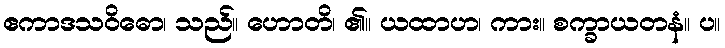
ဧကာဒသဝိဓော၊ သည်။ ဟောတိ၊ ၏။ ယထာဟ၊ ကား။ စက္ခာယတနံ။ ပ။